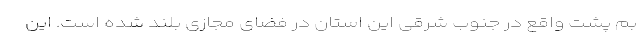
بم پشت واقع در جنوب شرقی این استان در فضای مجازی بلند شده است. این